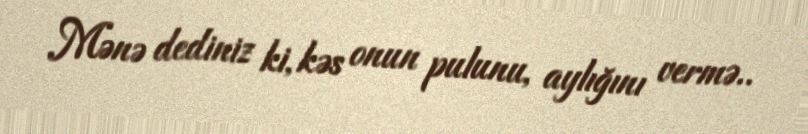
Mənə dediniz ki, kəs onun pulunu, aylığını vermə..